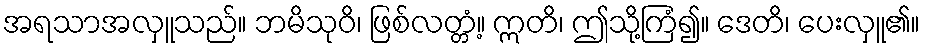
အရသာအလှူသည်။ ဘမိသုဝိ၊ ဖြစ်လတ္တံ့။ ဣတိ၊ ဤသို့ကြံ၍။ ဒေတိ၊ ပေးလှူ၏။